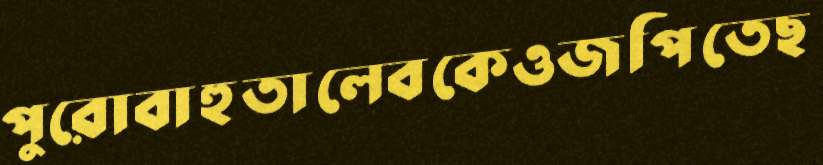
পুরোবাহুতালেবকেওজপিতেছ